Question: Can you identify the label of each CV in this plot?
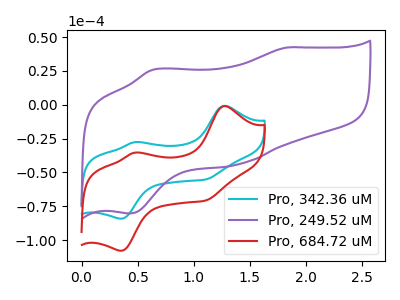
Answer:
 <answer>The cyan curve is labeled "Pro, 342.36 uM". The purple curve is labeled "Pro, 249.52 uM". The red curve is labeled "Pro, 684.72 uM".</answer>
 <eval></eval>